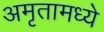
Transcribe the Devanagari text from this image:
अमृतामध्ये